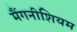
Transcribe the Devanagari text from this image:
मैंगनीशियम